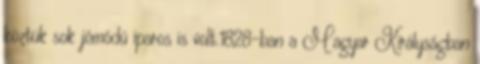
köztük sok jómódú iparos is volt.1828-ban a Magyar Királyságban